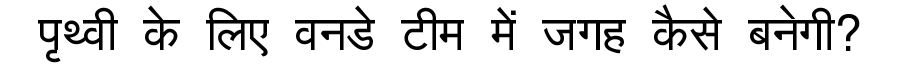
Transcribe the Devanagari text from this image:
पृथ्वी के लिए वनडे टीम में जगह कैसे बनेगी?